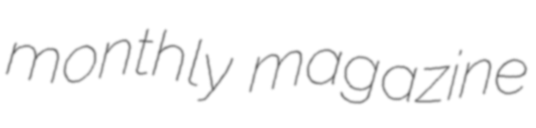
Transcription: monthly magazine